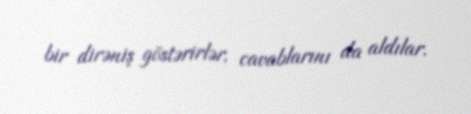
bir dirəniş göstərirlər, cavablarını da aldılar.